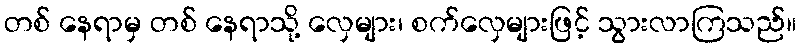
တစ် နေရာမှ တစ် နေရာသို့ လှေများ၊ စက်လှေများဖြင့် သွားလာကြသည်။